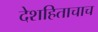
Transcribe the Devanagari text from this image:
देशहिताचाच